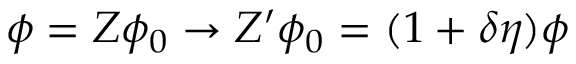
\phi = Z \phi _ { 0 } \to Z ^ { \prime } \phi _ { 0 } = ( 1 + \delta \eta ) \phi